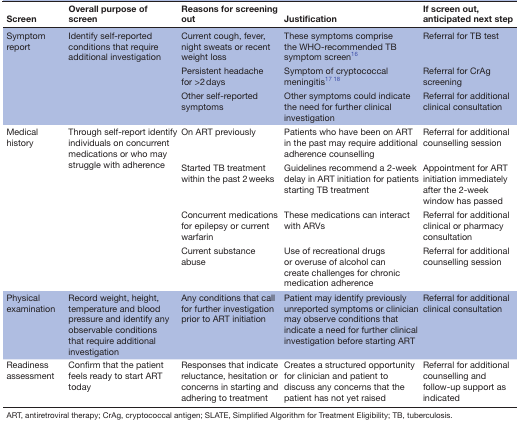
<table><thead><tr><td><b>Screen</b></td><td><b>Overall purpose of screen</b></td><td><b>Reasons for screening out</b></td><td><b>Justification</b></td><td><b>If screen out, anticipated next step</b></td></tr></thead><tbody><tr><td rowspan="3">Symptom report</td><td rowspan="3">Identify self-reported conditions that require additional investigation</td><td>Current cough, fever, night sweats or recent weight loss</td><td>These symptoms comprise the WHO-recommended TB symptom screen16</td><td>Referral for TB test</td></tr><tr><td>Persistent headache for &gt;2 days</td><td>Symptom of cryptococcal meningitis17 18</td><td>Referral for CrAg screening</td></tr><tr><td>Other self-reported symptoms</td><td>Other symptoms could indicate the need for further clinical investigation</td><td>Referral for additional clinical consultation</td></tr><tr><td rowspan="4">Medical history</td><td rowspan="4">Through self-report identify individuals on concurrent medications or who may struggle with adherence</td><td>On ART previously</td><td>Patients who have been on ART in the past may require additional adherence counselling</td><td>Referral for additional counselling session</td></tr><tr><td>Started TB treatment within the past 2 weeks</td><td>Guidelines recommend a 2-week delay in ART initiation for patients starting TB treatment</td><td>Appointment for ART initiation immediately after the 2-week window has passed</td></tr><tr><td>Concurrent medications for epilepsy or current warfarin</td><td>These medications can interact with ARVs</td><td>Referral for additional clinical or pharmacy consultation</td></tr><tr><td>Current substance abuse</td><td>Use of recreational drugs or overuse of alcohol can create challenges for chronic medication adherence</td><td>Referral for additional counselling session</td></tr><tr><td>Physical examination</td><td>Record weight, height, temperature and blood pressure and identify any observable conditions that require additional investigation</td><td>Any conditions that call for further investigation prior to ART initiation</td><td>Patient may identify previously unreported symptoms or clinician may observe conditions that indicate a need for further clinical investigation before starting ART</td><td>Referral for additional clinical consultation</td></tr><tr><td>Readiness assessment</td><td>Confirm that the patient feels ready to start ART today</td><td>Responses that indicate reluctance, hesitation or concerns in starting and adhering to treatment</td><td>Creates a structured opportunity for clinician and patient to discuss any concerns that the patient has not yet raised</td><td>Referral for additional counselling and follow-up support as indicated</td></tr></tbody></table>